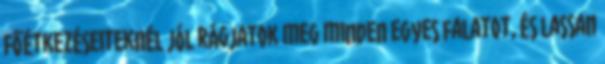
Főétkezéseiteknél jól rágjatok meg minden egyes falatot, és lassan